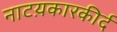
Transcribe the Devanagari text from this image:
नाटय़कारकीर्द